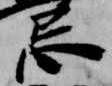
忌